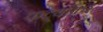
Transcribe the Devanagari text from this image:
कट्यांकर